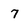
Character: 7